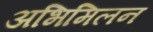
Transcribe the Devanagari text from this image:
अभिमिलन